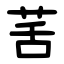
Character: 䒷